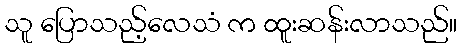
သူ ပြောသည့်လေသံ က ထူးဆန်းလာသည်။